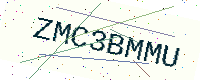
Text: ZMC3BMMU